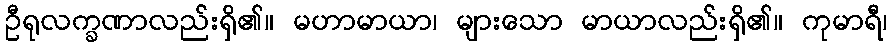
ဦရုလက္ခဏာလည်းရှိ၏။ မဟာမာယာ၊ များသော မာယာလည်းရှိ၏။ ကုမာရီ၊